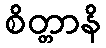
စိတ္တာနိ